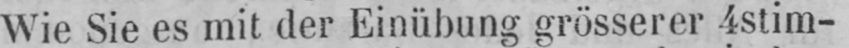
Wie Sie es mit der Einübung grösserer 4stim-